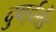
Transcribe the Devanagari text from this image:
दुबईलैंड